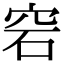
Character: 𥥔